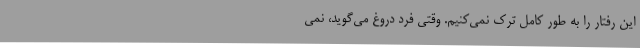
این رفتار را به طور کامل ترک نمی‌کنیم. وقتی فرد دروغ می‌گوید، نمی